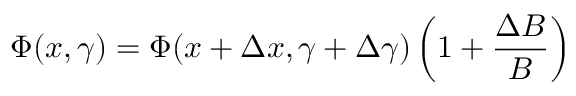
\Phi ( x , \gamma ) = \Phi ( x + \Delta x , \gamma + \Delta \gamma ) \left( 1 + \frac { \Delta B } { B } \right)